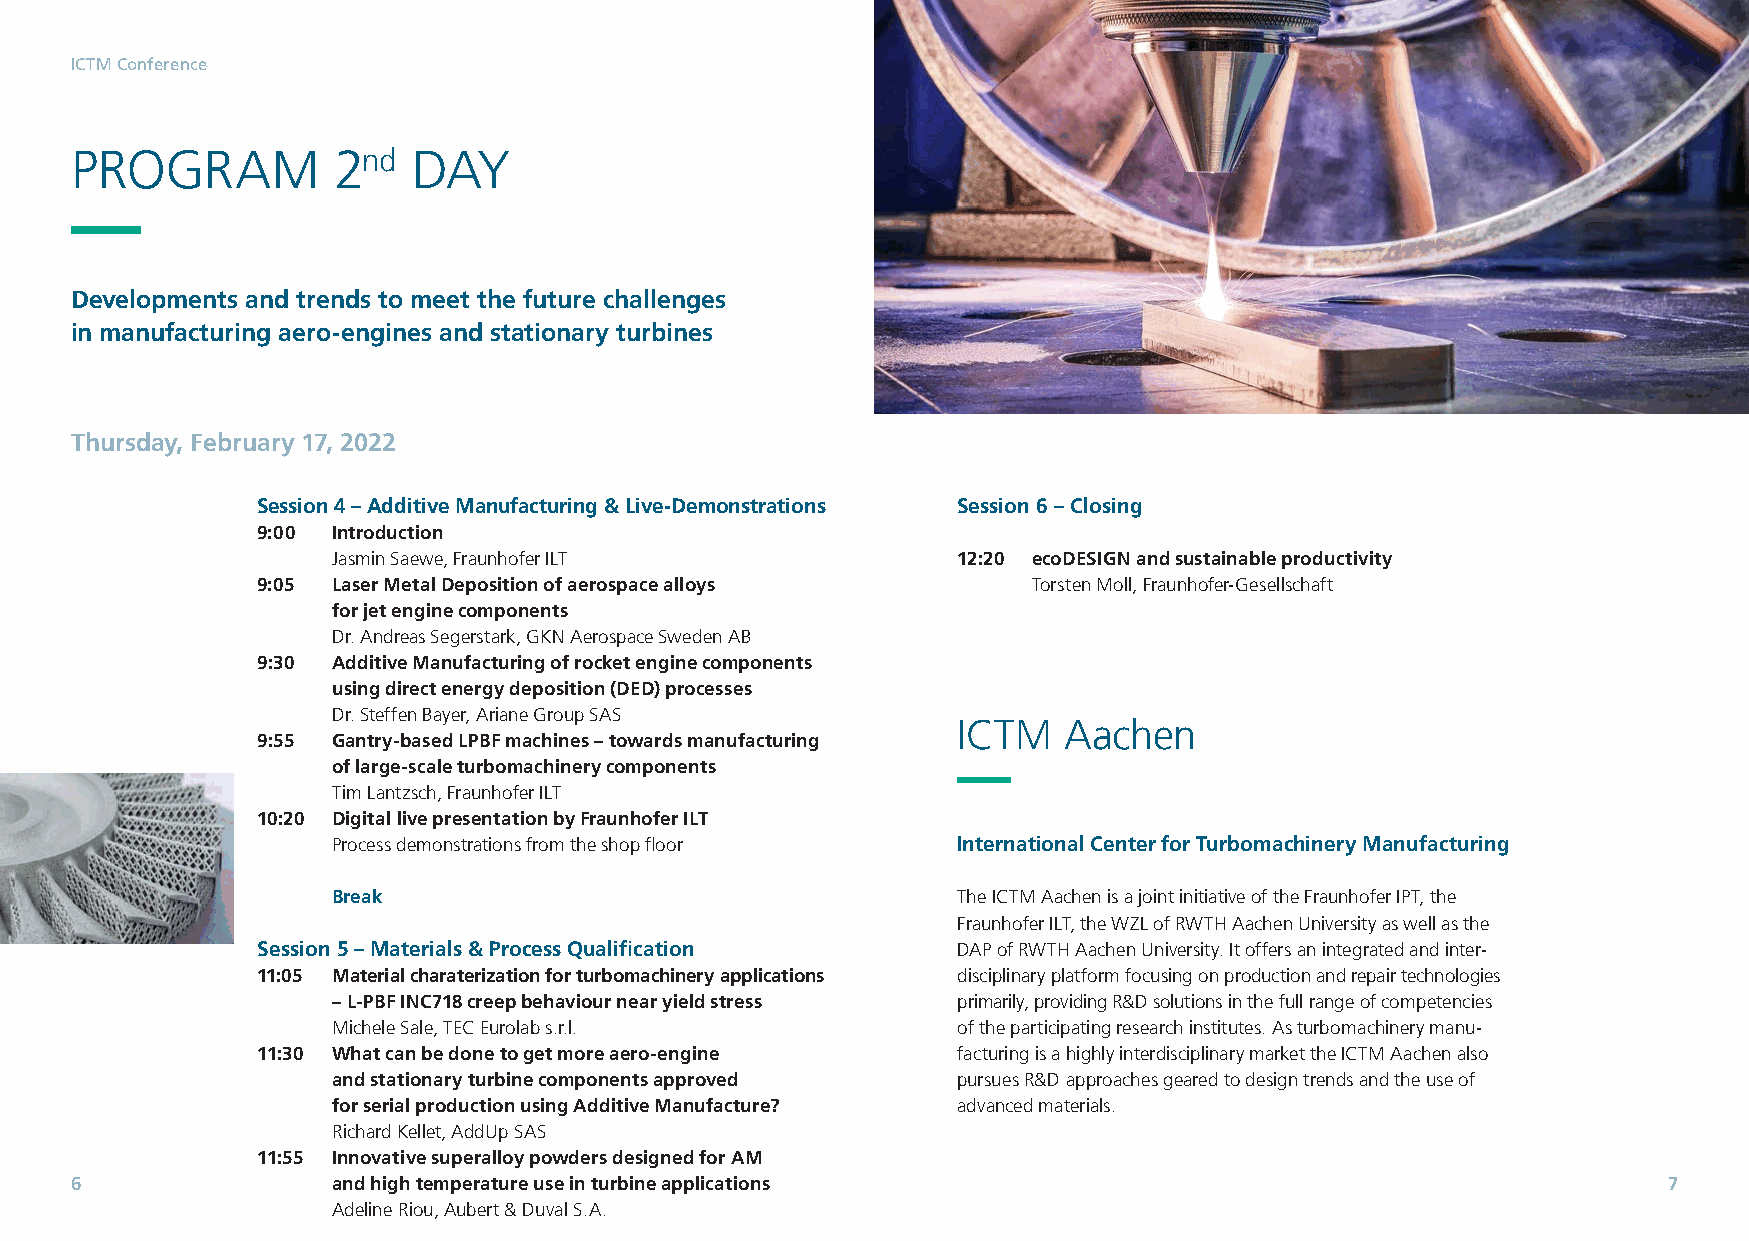
ICTM Conference
 PROGRAM          2nd  DAY
 Developments and trends to meet the future challenges
 in manufacturing aero-engines and stationary turbines
 Thursday, February 17, 2022
 Session 4 – Additive Manufacturing & Live-Demonstrations Session 6 – Closing
 9:00 Introduction
 Jasmin Saewe, Fraunhofer ILT             12:20 ecoDESIGN and sustainable productivity
 9:05 Laser Metal Deposition of aerospace alloys    Torsten Moll, Fraunhofer-Gesellschaft
 for jet engine components
 Dr. Andreas Segerstark, GKN Aerospace Sweden AB
 9:30 Additive Manufacturing of rocket engine components
 using direct energy deposition (DED) processes
 Dr. Steffen Bayer, Ariane Group SAS
 ICTM   Aachen
 9:55 Gantry-based LPBF machines – towards manufacturing
 of large-scale turbomachinery components
 Tim Lantzsch, Fraunhofer ILT
 10:20 Digital live presentation by Fraunhofer ILT
 Process demonstrations from the shop floor International Center for Turbomachinery Manufacturing
 Break                                    The ICTM Aachen is a joint initiative of the Fraunhofer IPT, the
 Fraunhofer ILT, the WZL of RWTH Aachen University as well as the
 Session5–Materials&ProcessQualification       DAP of RWTH Aachen University. It offers an integrated and inter-
 11:05 Material charaterization for turbomachinery applications disciplinary platform focusing on production and repair technologies
 – L-PBF INC718 creep behaviour near yield stress primarily, providing R&D solutions in the full range of competencies
 Michele Sale, TEC Eurolab s.r.l.         of the participating research institutes. As turbomachinery manu-
 11:30 What can be done to get more aero-engine facturing is a highly interdisciplinary market the ICTM Aachen also
 and stationary turbine components approved pursues R&D approaches geared to design trends and the use of
 for serial production using Additive Manufacture? advanced materials.
 Richard Kellet, AddUp SAS
 11:55 Innovative superalloy powders designed for AM
 6                and high temperature use in turbine applications                                        7
 Adeline Riou, Aubert & Duval S.A.